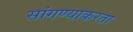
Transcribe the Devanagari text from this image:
सांगण्याकरता